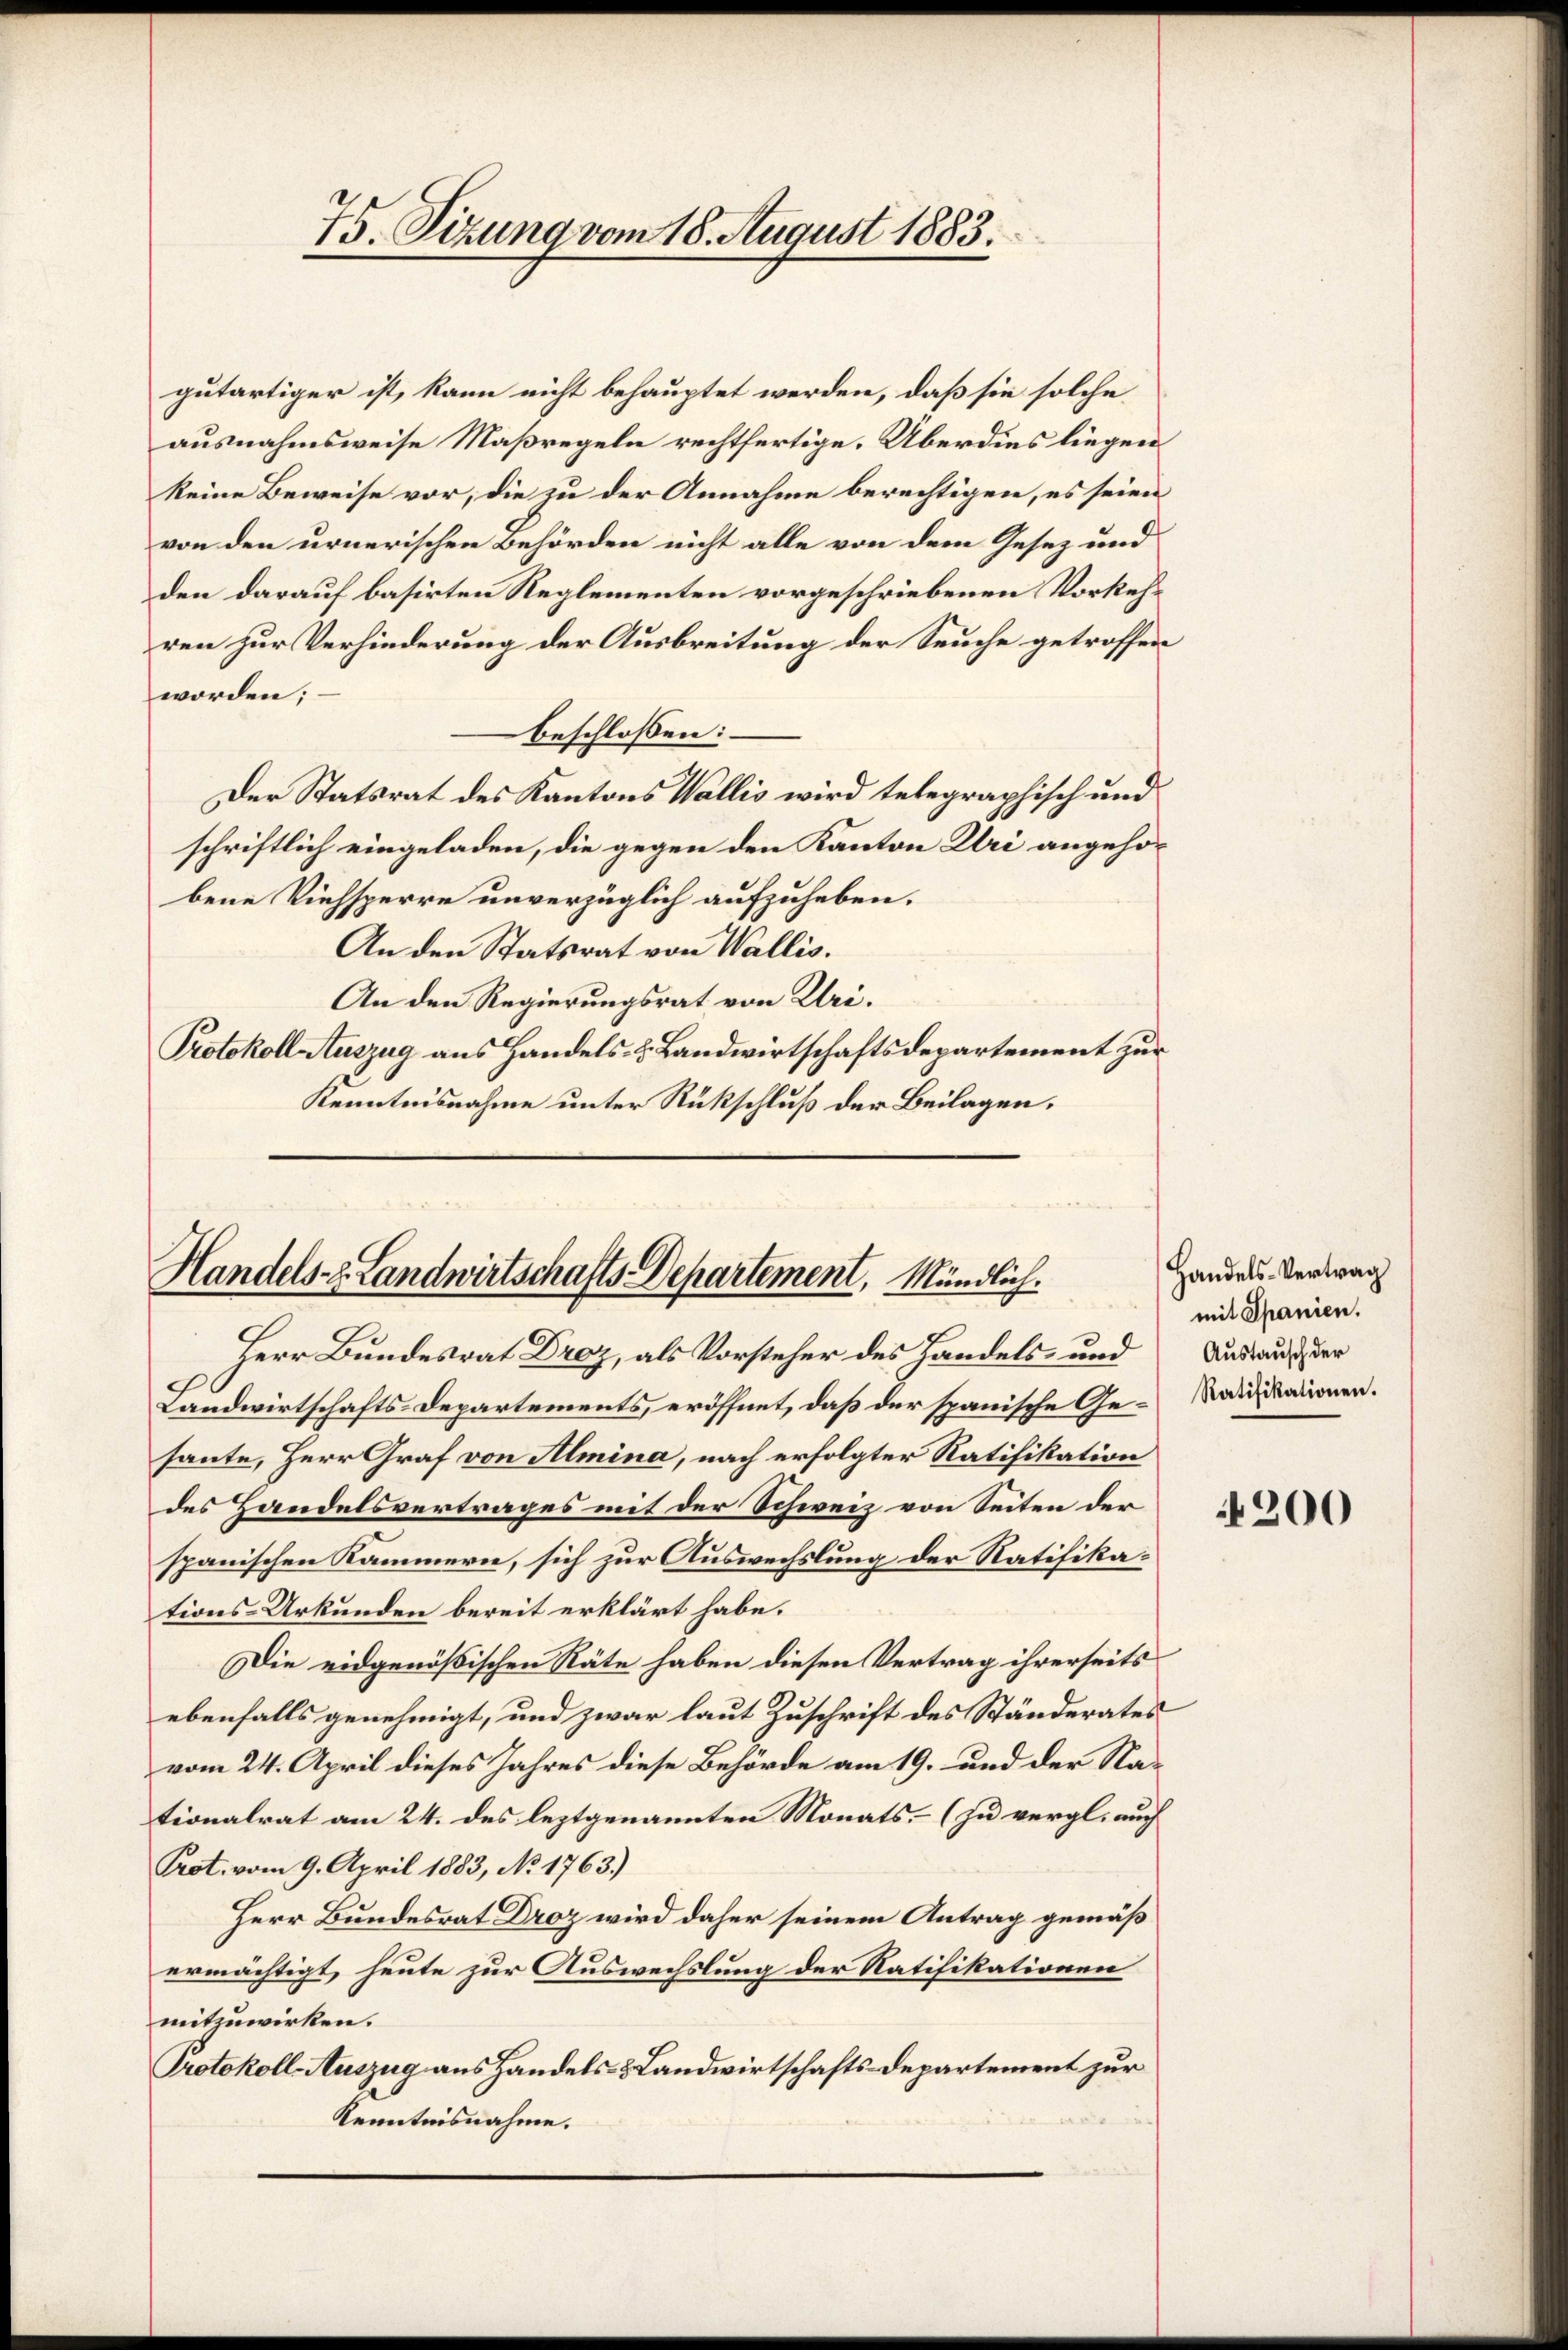
75. Sizung vom 18. August 1883.

gutartiger ist, kann nicht behauptet werden, daß sie solche
ausnahmsweise Maßregeln rechtfertige. Überdies liegen
keine Beweise vor, die zu der Annahme berechtigen, es seien
von den urnerischen Behörden nicht alle von dem Gesez und
den darauf basirten Reglementen vorgeschriebenen Vorkehren zur Verhinderung der Ausbreitung der Seuche getroffen
worden;
beschlossen:
Der Statsrat des Kantons Wallis wird telegraphisch und
schriftlich eingeladen, die gegen den Kanton Uri angehöbene Viehsperre unverzüglich aufzuheben.
An den Statsrat von Wallis.
An den Regierungsrat von Uri¬
Protokoll Auszug aus Handels- & Landwirtschaftsdepartement zur
Kenntnisnahme unter Rückschluß der Beilagen.

Handels- & Landwirtschafts-Departement, Mündlich.

Herr Bundesrat Droz, als Vorsteher des Handels- und
8
Landwirtschafts-Departements, eröffnet, daß der spanische Ge- Radikationen.
haute, Herr Graf von Almina, nach erfolgter Ratifikation
des Handelsvertrages mit der Schweiz von Seiten der
spanischen Kämmern, sich zur Auswechslung der Ratifikations-Urkunden bereit erklärt habe.
Die eidgenößischen Räte haben diesen Vertrag ihrerseits
ebenfalls genehmigt, und zwar laut Zuschrift des Ständerates
vom 24. April dieses Jahres diese Behörde am 19. und der Nationalrat am 24. des leztgenannten Monats, – (zu vergl. auch
Prot. vom 9. April 1883, No 1763.)
Herr Bundesrat Droz wird daher seinem Antrag gemäß
ermächtigt, heute zur Auswechslung der Ratifikationen
mitzuwirken.
Protokoll-Auszug aus Handels- & Landwirtschafts-Departement zur
Kenntnisnahme.

Handels-Vertrag
mit Spanien.
Austausch der

200